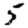
Digit: 5